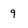
Character: 9